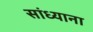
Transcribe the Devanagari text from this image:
सांध्याना